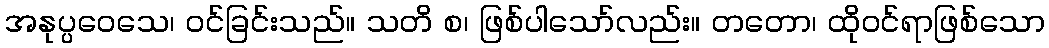
အနုပ္ပဝေသေ၊ ဝင်ခြင်းသည်။ သတိ စ၊ ဖြစ်ပါသော်လည်း။ တတော၊ ထိုဝင်ရာဖြစ်သော